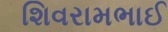
શિવરામભાઈ